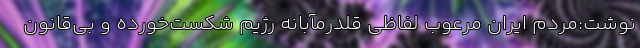
نوشت:مردم ایران مرعوب لفاظی قلدرمآبانه رژیم شکست‌خورده و بی‌قانون